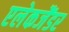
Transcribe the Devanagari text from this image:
एलेकजैंडर